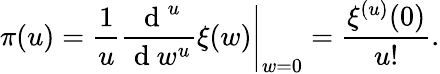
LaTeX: \pi(u)=\left.\frac{1}{u}\frac{\mathrm{~d~}^{u}}{\mathrm{~d~}w^{u}}\xi(w)\right|_{w=0}=\frac{\xi^{(u)}(0)}{u!}.